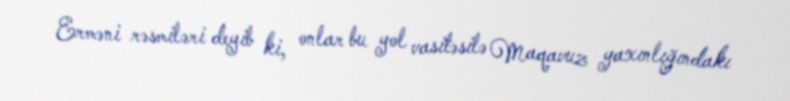
Erməni rəsmiləri deyib ki, onlar bu yol vasitəsilə Maqavuz yaxınlığındakı